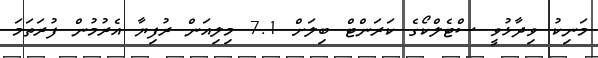
މަނިކު ވިދާޅުވީ ސްޓެލްކޯގެ ކަރަންޓް ބިލަށް 7.1 މިލިއަން ރުފިޔާ އެރުމުން ފުރަތަމަ